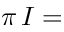
\pi \, I =